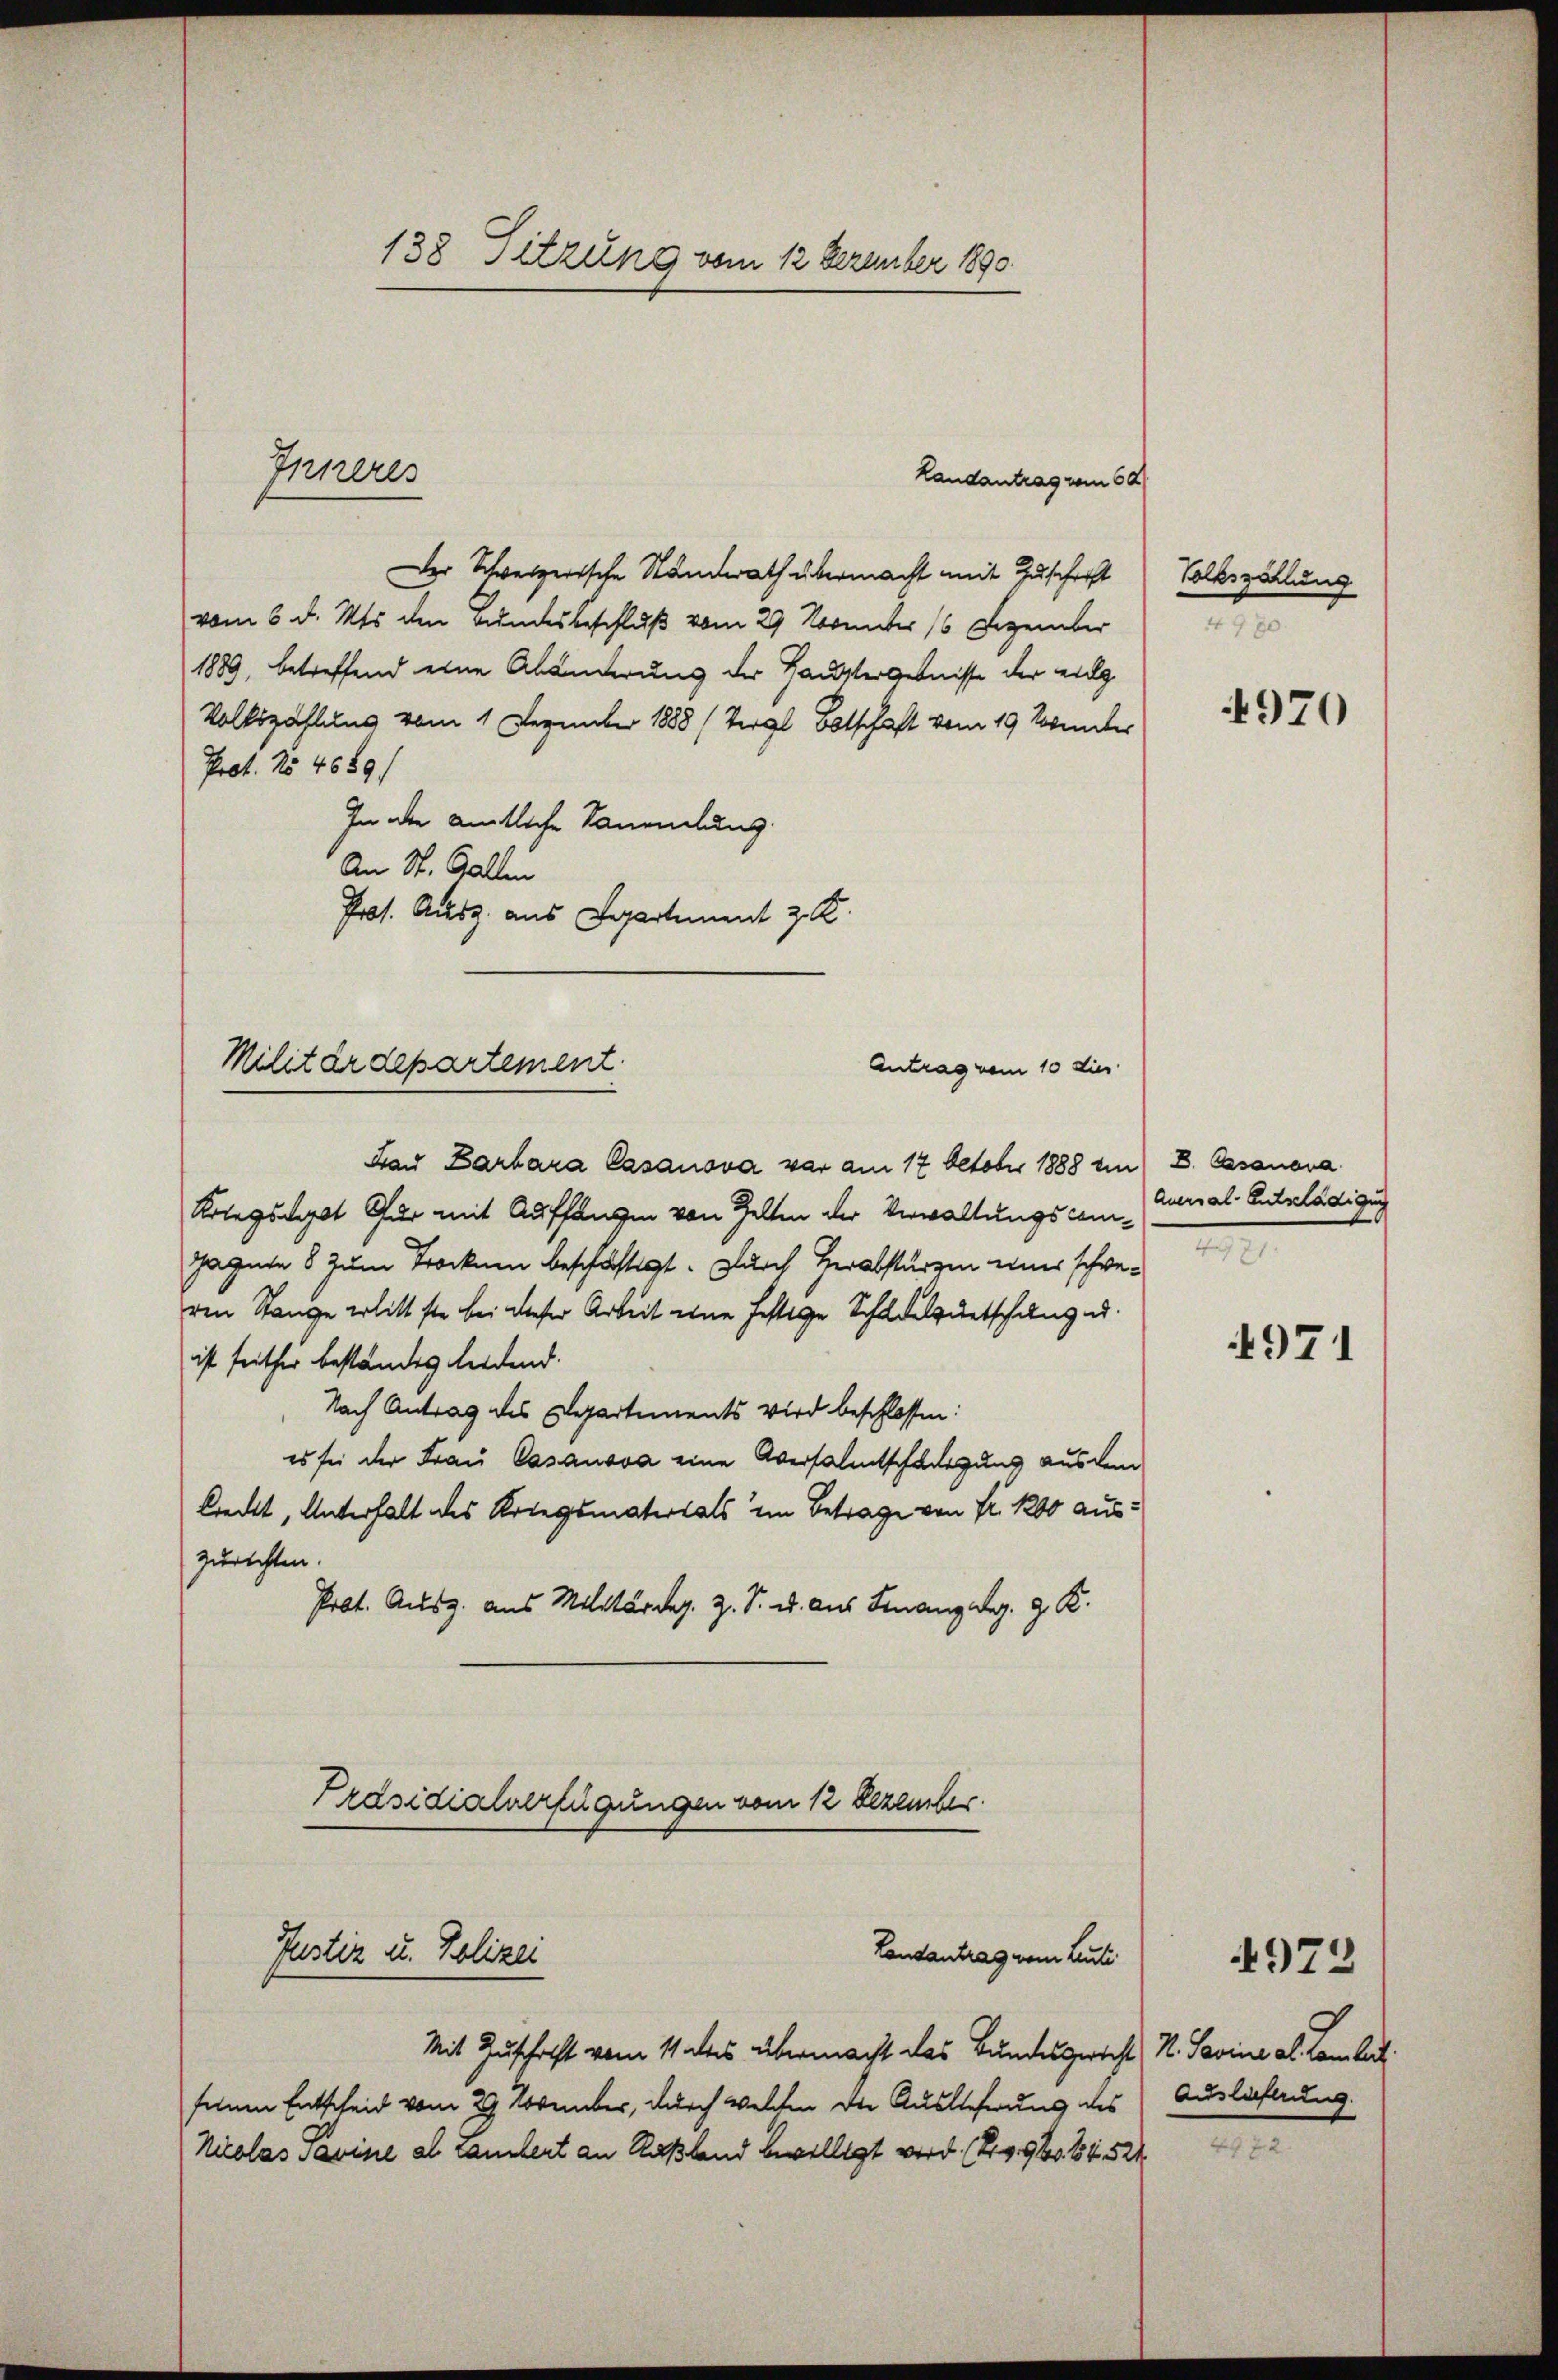
138 Sitzung vom 12 Dezember 1890

Landantrag vom 60.
Der Schweizerische Standerath übermacht mit Zuschrift
vom 5. d. Mts. den Bundesbeschluß vom 29. November 16 Dezember
1889, betreffend eine Abänderung der Haustergebnisse der eig
Volkszählung vom 1. Dezember 1888 (Vergl Botschaft vom 19. Sonnter
Prot. No 4089/
In der amtliche Sammlung
An St. Gallen
Pros. Ausz. aus Departement z. K.

Inneres

Militärdepartement.
Antrag vom 10 dies

Präsidialverfügungen vom 12 Dezember
Lontantrag vom Leuti
Justiz u. Polizei

Mit Zuschrift vom 11 des übermacht das Bundesgericht N. Savina al Lombar.
seinen Entscheid vom 29. November, durch welchen die Auslehrung des Auslichtung.
Nicolas Pavise al Landert an Kaßland bewilligt wird. (20960. 54. 524

Bau Barbara Casanova vor am 17. October 1888 ein D. Casanora
Kriegsdat Cur mit Auffangen von Gelten der Verwaltungscommunal-Gutzlädigu
Jagnie 8 zum Trocknen beschäftigt. Durch Herabsturzen eines schweren Stange erlitt ste bei dieser Arbeit eine festige Schädeluntschung u.
ist seither beständes leidend.
Nach Antrag des Departements wird beschlossen:
es sei der Frau Casanova eine Aversalentschädigung aus dem
lrecht, Unterhalt des Kriegsmaterials im Betrage von Fr. 1200 auszurichten.
Prot. Ausg. aus Militärdep. Z. S. u. aus Finanzag. 9. R.

Volkszählung
e

4970

.

4971

4972